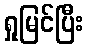
ရှုမြင်ပြီး